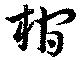
棺